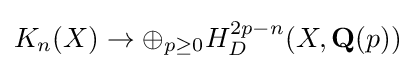
K_{n}(X)\rightarrow \oplus _{p\geq 0}H_{D}^{2p-n}(X,\mathbf {Q} (p))